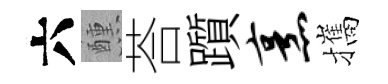
六醺荅躓烹攜